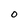
Character: 0